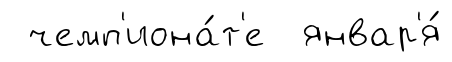
чемп'иона́т'е январ'я́